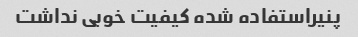
پنیراستفاده شده کیفیت خوبی نداشت